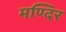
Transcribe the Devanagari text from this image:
मण्दिर